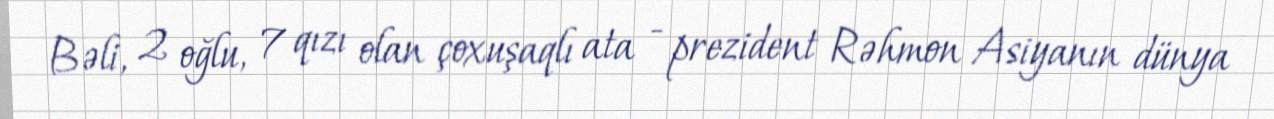
Bəli, 2 oğlu, 7 qızı olan çoxuşaqlı ata - prezident Rəhmon Asiyanın dünya